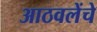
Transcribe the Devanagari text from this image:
आठवलेंचे